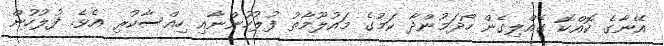
އޭނާގެ ކޮއްކޮ ގެއްލިގެން ހޯދަމުންދާ ކަމުގެ މައުލޫމާތު ފުލުހުންނާއި ހިއްސާކުރި އެވެ. ފުލުހުން